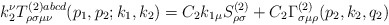
\begin{align*}k_2^\nu T_{\rho \sigma \mu \nu }^{(2)abcd}(p_1,p_2;k_1,k_2)=C_2k_{1\mu}S_{\rho \sigma }^{(2)}+C_2\Gamma _{\sigma \mu \rho }^{(2)}(p_2,k_2,q_2)\end{align*}